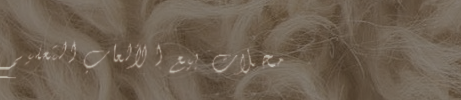
محلات بيع الألعاب التعليم